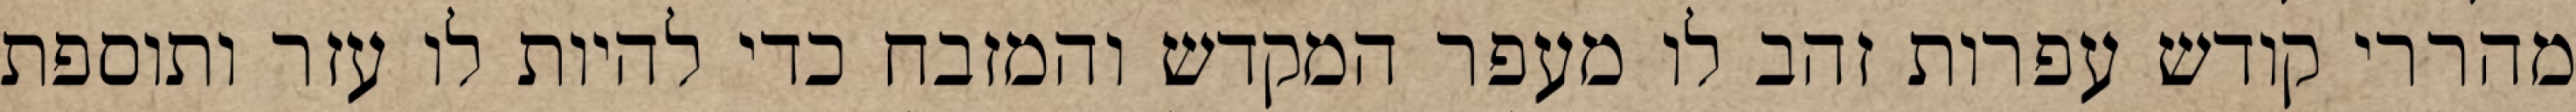
מהררי קודש עפרות זהב לו מעפר המקדש והמזבח כדי להיות לו עזר ותוספת